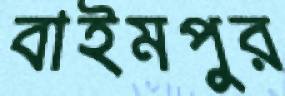
বাইমপুর